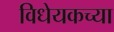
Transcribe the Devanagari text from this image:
विधेयकच्या